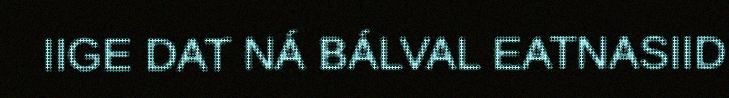
IIGE DAT NÁ BÁLVAL EATNASIID